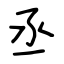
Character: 丞